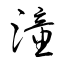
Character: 潼